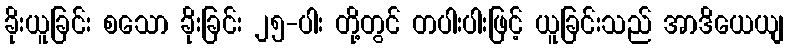
ခိုးယူခြင်း စသော ခိုးခြင်း ၂၅-ပါး တို့တွင် တပါးပါးဖြင့် ယူခြင်းသည် အာဒိယေယျ